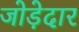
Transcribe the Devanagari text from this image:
जोड़ेदार